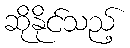
ဆိုနိုင်သည့်